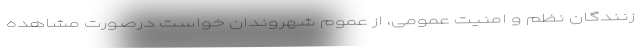
‌زنندگان نظم و امنیت عمومی، از عموم شهروندان خواست درصورت مشاهده